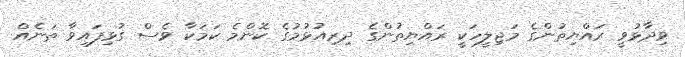
ވިދާޅުވީ ރައްޔިތުންގެ މަޖިލީހަކީ ރައްޔިތުންގެ ދިރިއުޅުމުގެ ކޮންމެ ކަމަކާ ވެސް ގުޅިފައިވާ ތަނެއް